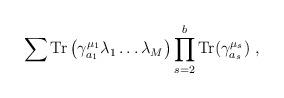
LaTeX: \begin{align*}\sum {\rm Tr}\left(\gamma^{\mu_1}_{a_1} \lambda_1\dots\lambda_M\right)\prod_{s=2}^{b} {\rm Tr}(\gamma^{\mu_s}_{a_s})~,\end{align*}